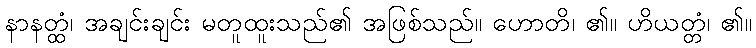
နာနတ္ထံ၊ အချင်းချင်း မတူထူးသည်၏ အဖြစ်သည်။ ဟောတိ၊ ၏။ ဟိယတ္တံ၊ ၏။